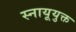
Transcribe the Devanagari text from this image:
स्नायूयुक्त